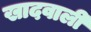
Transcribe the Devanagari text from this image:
खादवाली